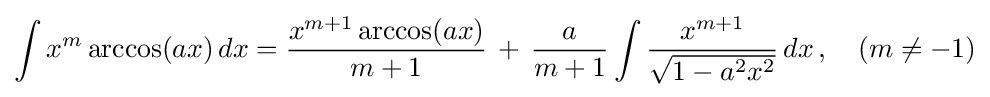
\int x^{m}\arccos(ax)\,dx={\frac {x^{m+1}\arccos(ax)}{m+1}}\,+\,{\frac {a}{m+1}}\int {\frac {x^{m+1}}{\sqrt {1-a^{2}x^{2}}}}\,dx\,,\quad (m\neq -1)